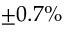
\pm 0 . 7 \%